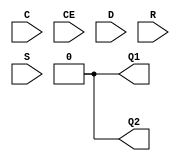
module IDDR (/*AUTOARG*/
   // Outputs
   Q1, Q2,
   // Inputs
   C, CE, D, R, S
   );

   //Default parameters
    parameter DDR_CLK_EDGE        = "OPPOSITE_EDGE";    
    parameter INIT_Q1             = 1'b0;
    parameter INIT_Q2             = 1'b0;
    parameter [0:0] IS_C_INVERTED = 1'b0;
    parameter [0:0] IS_D_INVERTED = 1'b0;
    parameter SRTYPE              = "SYNC";

   localparam HOLDHACK            = 0.1;
      
   output   Q1;   // IDDR registered output (first) 
   output   Q2;   // IDDR registered output (second)    
   input    C;    // clock
   input    CE;   // clock enable, set to high to clock in data
   input    D;    // data input from IOB
   input    R;    // sync or async reset
   input    S;    // syn/async "set to 1"

   //trick for string comparison
   localparam [152:1] DDR_CLK_EDGE_REG = DDR_CLK_EDGE;

   reg 	    Q1_pos;
   reg 	    Q1_reg;

   reg 	    Q2_pos;
   reg 	    Q2_neg;
   
   always @ (posedge C)
     if(CE)
       Q1_pos <= #(HOLDHACK) D;

   always @ (posedge C)
     if(CE)
       Q1_reg <= #(HOLDHACK) Q1_pos;
         
   always @ (negedge C)
     if(CE)
       Q2_neg <= #(HOLDHACK) D;
   
   always @ (posedge C)
     if(CE)
      Q2_pos <= #(HOLDHACK) Q2_neg;

   //Select behavior based on parameters
   assign Q1 = (DDR_CLK_EDGE_REG == "SAME_EDGE_PIPELINED") ? Q1_reg :
	       (DDR_CLK_EDGE_REG == "SAME_EDGE")           ? Q1_pos :
	                                                     1'b0;
   
   assign Q2 = (DDR_CLK_EDGE_REG == "SAME_EDGE_PIPELINED") ? Q2_pos :
	       (DDR_CLK_EDGE_REG == "SAME_EDGE")           ? Q2_pos :
	                                                     1'b0;
            
endmodule